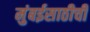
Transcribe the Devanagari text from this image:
मुंबईसाठीची